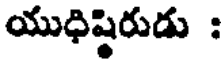
యుధిష్ఠిరుడు :